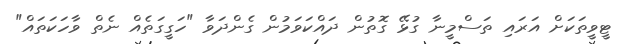
ޓީވީތަކަށް އަރައި ތަސްމީނާ ގުޅޭ ގޮތުން ދައްކަވަމުން ގެންދަވާ "ހަގީގަތެއް ނެތް ވާހަކަތައް"